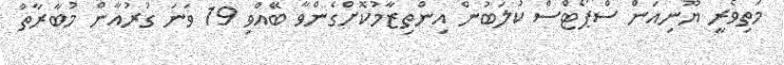
މަތިވެރީ ޔޫނިއަން ސްޕޯޓްސް ކުލަބުން އިންތިޒާމުކޮށްގެންވާ ބޭއްވި 19 ވަނަ ގުރުއާން މުބާރާތް